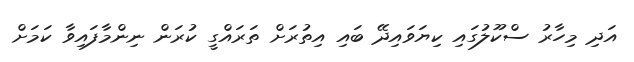
އަދި މިހާރު ސްކޫލުގައި ކިޔަވައިދޭ ބައި އިތުރަށް ތަރައްގީ ކުރަން ނިންމާފައިވާ ކަމަށް